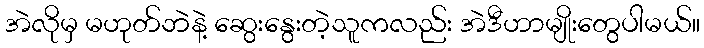
အဲလိုမှ မဟုတ်ဘဲနဲ့ ဆွေးနွေးတဲ့သူကလည်း အဲဒီဟာမျိုးတွေပါမယ်။